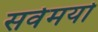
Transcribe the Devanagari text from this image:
सर्वमयो